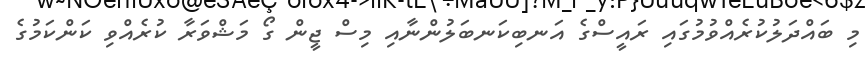
މި ބައްދަލުކުރެއްވުމުގައި ރައީސްގެ އަނބިކަނބަލުންނާއި މިސް ޖީން ގޯ މަޝްވަރާ ކުރެއްވި ކަންކަމުގެ